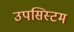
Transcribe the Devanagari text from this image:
उपसिस्टम